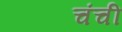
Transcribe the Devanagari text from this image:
चंची